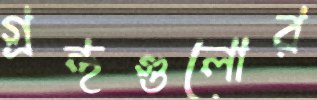
গ্রন্থগুলোর